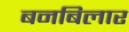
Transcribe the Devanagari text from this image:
बनबिलार